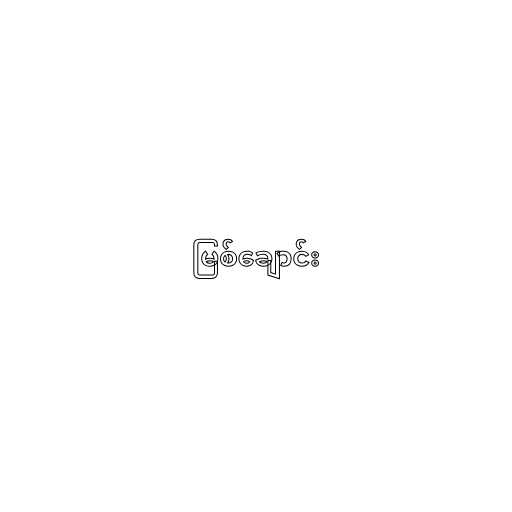
မြစ်ချောင်း